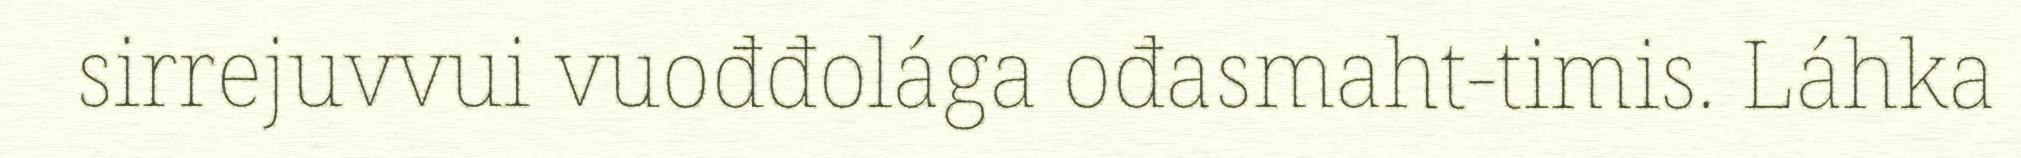
sirrejuvvui vuođđolága ođasmaht-timis. Láhka